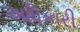
અધિકારી